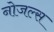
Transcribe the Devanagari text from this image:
नोजल्स